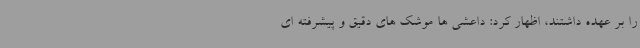
را بر عهده داشتند، اظهار کرد: داعشی ها موشک های دقیق و پیشرفته ای